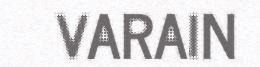
VARAIN